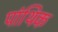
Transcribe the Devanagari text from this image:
पांथिक